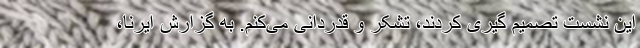
این نشست تصمیم گیری کردند، تشکر و قدردانی می‌کنم. به گزارش ایرنا،